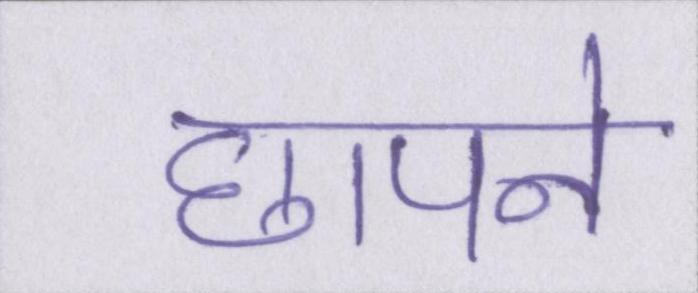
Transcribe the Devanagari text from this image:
छापने